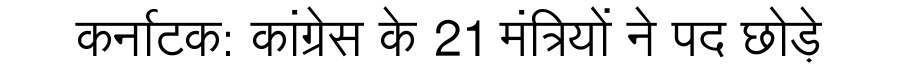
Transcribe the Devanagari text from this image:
कर्नाटक: कांग्रेस के 21 मंत्रियों ने पद छोड़े